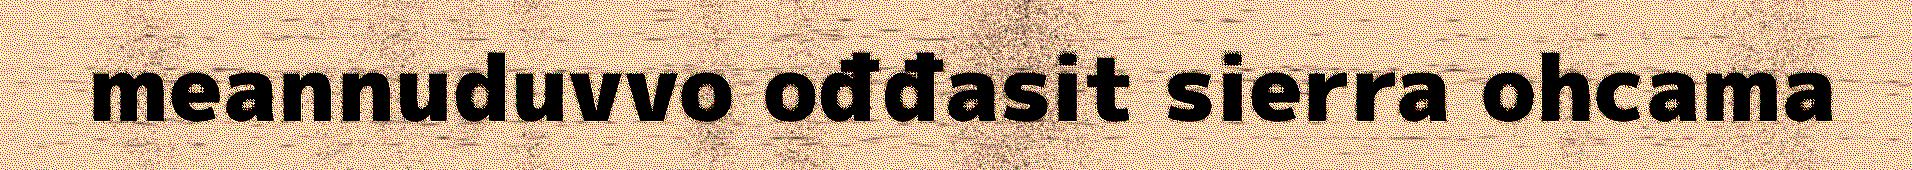
meannuduvvo ođđasit sierra ohcama